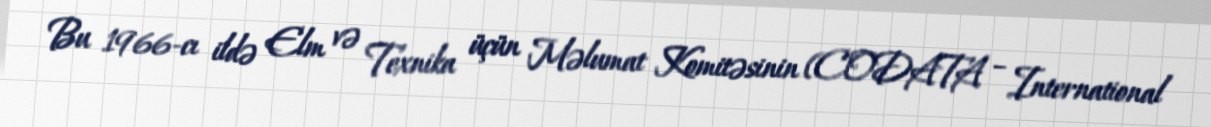
Bu 1966-cı ildə Elm və Texnika üçün Məlumat Komitəsinin (CODATA – International